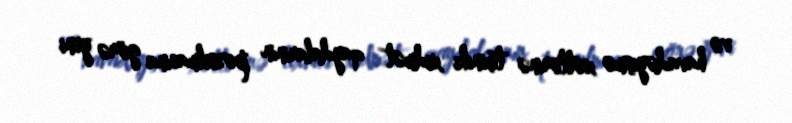
və havadəyişmə xətlərinə texniki xidmət qaydalarının pozulmasına görə yeni